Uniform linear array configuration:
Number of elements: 32
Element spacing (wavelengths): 1
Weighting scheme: blackman
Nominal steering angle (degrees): -15
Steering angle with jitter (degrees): -16.165
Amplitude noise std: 0.05
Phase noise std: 0.05

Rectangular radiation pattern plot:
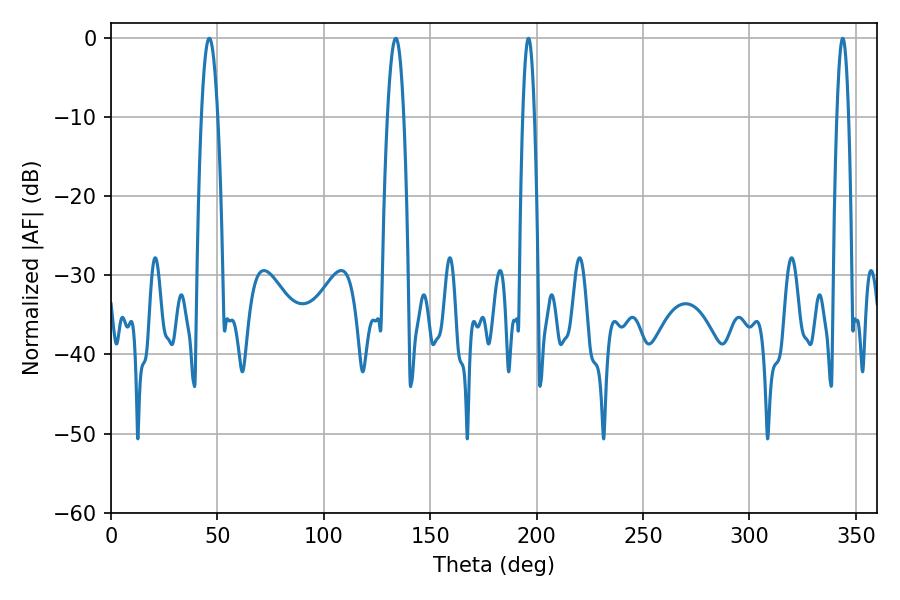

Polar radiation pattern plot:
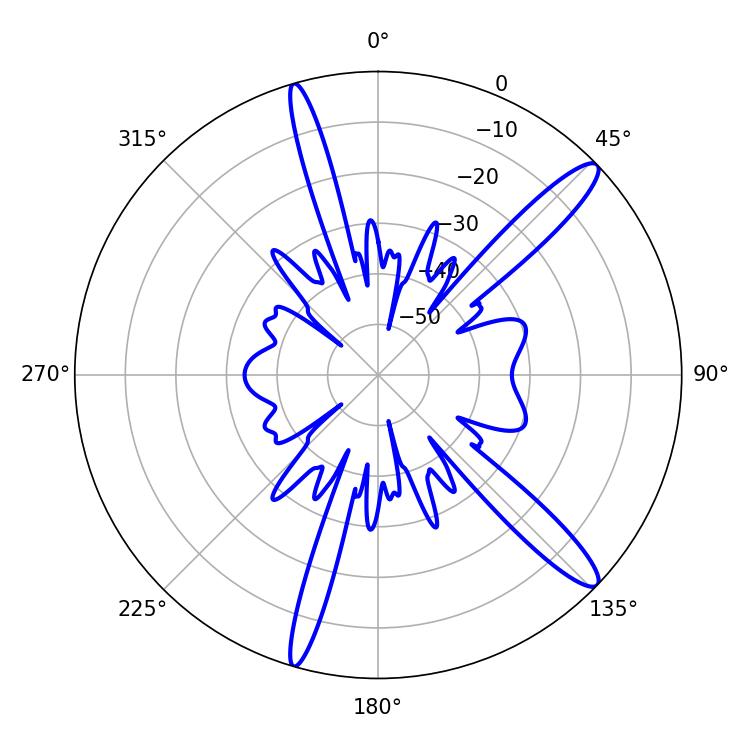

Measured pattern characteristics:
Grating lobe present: TRUE
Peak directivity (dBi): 13.785
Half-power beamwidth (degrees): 2.88
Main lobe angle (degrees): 343.8